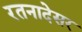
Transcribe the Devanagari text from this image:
रतनादेसर